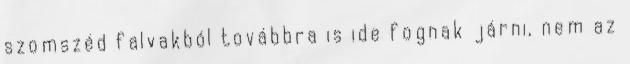
szomszéd falvakból továbbra is ide fognak járni, nem az